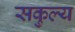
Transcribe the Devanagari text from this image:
सकुल्य